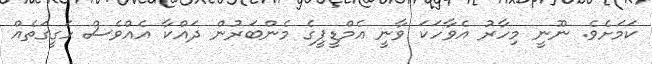
ކަމަށެވެ. ނޫނީ މިހާރު އެވާހަކަ ވާނީ އެމްޑީޕީގެ މެންބަރުން ދައްކާ އެއްވެސް ހަގީގަތެއް